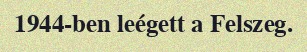
1944-ben leégett a Felszeg.